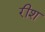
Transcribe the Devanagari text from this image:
रीश